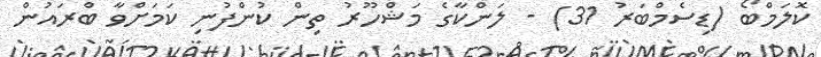
ކޮލަމްބޯ (ޑިސެމްބަރު 31) - ލަންކާގެ މަޝްހޫރު ތިން ކުންފުނި ކަމަށްވާ ބްރައުން